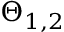
\Theta _ { 1 , 2 }